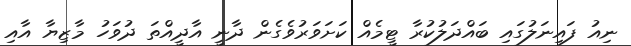
ނިއު ފައިނަލުގައި ބައްދަލުކުރާ ޓީމެއް ކަށަވަރުވެގެން ދާނީ އާދީއްތަ ދުވަހު މާޒިޔާ އާއި